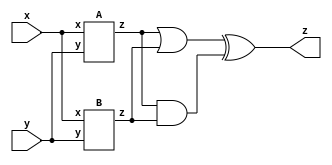
module top_module (input x, input y, output z);

    wire t1, t2, t3, t4;
    A IA (x, y, t1);
    B IB (x, y, t2);
    assign t3 = t1 | t2;
    assign t4 = t1 & t2;
    assign z = t3 ^ t4;
endmodule

module A (input x, input y, output z);

    assign z = (x^y) & x;
endmodule

module B ( input x, input y, output z );

    assign z = ~(x ^ y);
endmodule